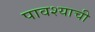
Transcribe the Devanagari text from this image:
पावश्याची